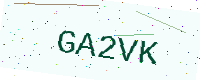
Text: GA2VK